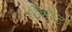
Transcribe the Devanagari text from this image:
रिबॉल्ट